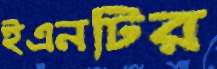
ইএনটির